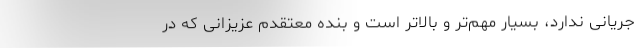
جریانی ندارد، بسیار مهم‌تر و بالاتر است و بنده معتقدم عزیزانی که در